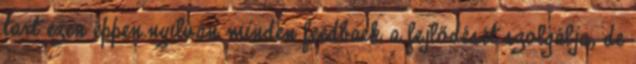
tart ezen éppen.nyilván minden feedback a fejlődését szolgálja, de